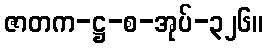
ဇာတက-ဋ္ဌ-စ-အုပ်-၃၂၆။